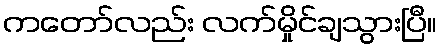
ကတော်လည်း လက်မှိုင်ချသွားပြီ။